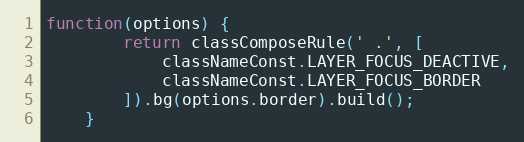
Language: JavaScript
function(options) {
        return classComposeRule(' .', [
            classNameConst.LAYER_FOCUS_DEACTIVE,
            classNameConst.LAYER_FOCUS_BORDER
        ]).bg(options.border).build();
    }